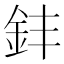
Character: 𫒊